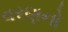
વરણનો